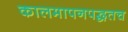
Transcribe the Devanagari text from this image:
कालमापनपद्धतच